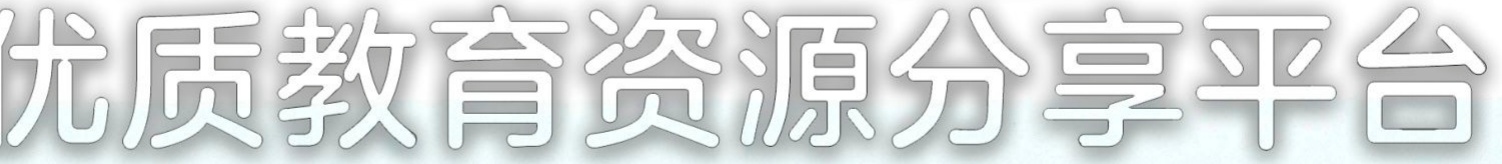
优质教育资源分享平台